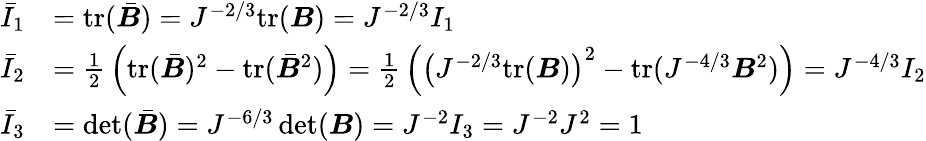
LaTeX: {\begin{array}{rl}{{\bar{I}}_{1}}&{={\mathrm{tr}}({\bar{\boldsymbol{B}}})=J^{-2/3}{\mathrm{tr}}({\boldsymbol{B}})=J^{-2/3}I_{1}}\\ {{\bar{I}}_{2}}&{={\frac{1}{2}}\left({\mathrm{tr}}({\bar{\boldsymbol{B}}})^{2}-{\mathrm{tr}}({\bar{\boldsymbol{B}}}^{2})\right)={\frac{1}{2}}\left(\left(J^{-2/3}{\mathrm{tr}}({\boldsymbol{B}})\right)^{2}-{\mathrm{tr}}(J^{-4/3}{\boldsymbol{B}}^{2})\right)=J^{-4/3}I_{2}}\\ {{\bar{I}}_{3}}&{=\operatorname*{det}({\bar{\boldsymbol{B}}})=J^{-6/3}\operatorname*{det}({\boldsymbol{B}})=J^{-2}I_{3}=J^{-2}J^{2}=1}\end{array}}